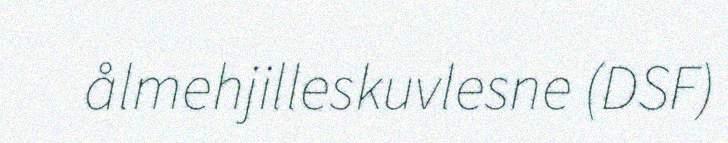
ålmehjilleskuvlesne (DSF)